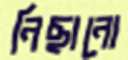
নিছানো